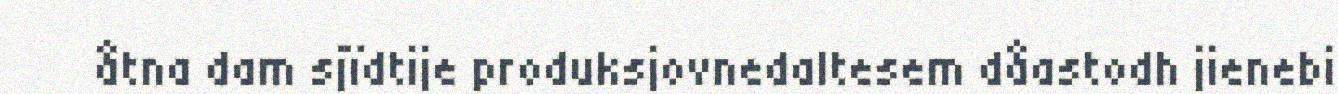
åtna dam sjïdtije produksjovnedaltesem dåastodh jienebi